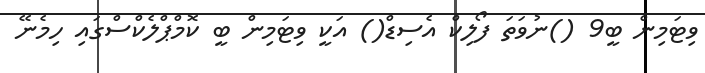
ވިޓަމިން ބީ9 ()ނުވަތަ ފޯލިކް އެސިޑް() އަކީ ވިޓަމިން ބީ ކޮމްޕްލެކްސްގައި ހިމެނޭ